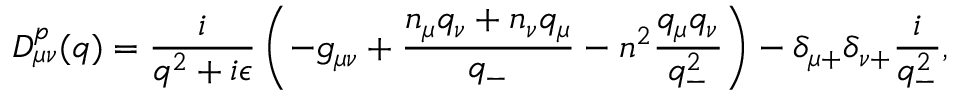
D _ { { \mu } { \nu } } ^ { p } ( q ) = \frac { i } { q ^ { 2 } + i { \epsilon } } \left( - g _ { { \mu } { \nu } } + \frac { n _ { \mu } q _ { \nu } + n _ { \nu } q _ { \mu } } { q _ { - } } - n ^ { 2 } \frac { q _ { \mu } q _ { \nu } } { q _ { - } ^ { 2 } } \right) - { \delta } _ { { \mu } + } { \delta } _ { { \nu } + } \frac { i } { q _ { - } ^ { 2 } } ,